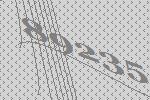
89235